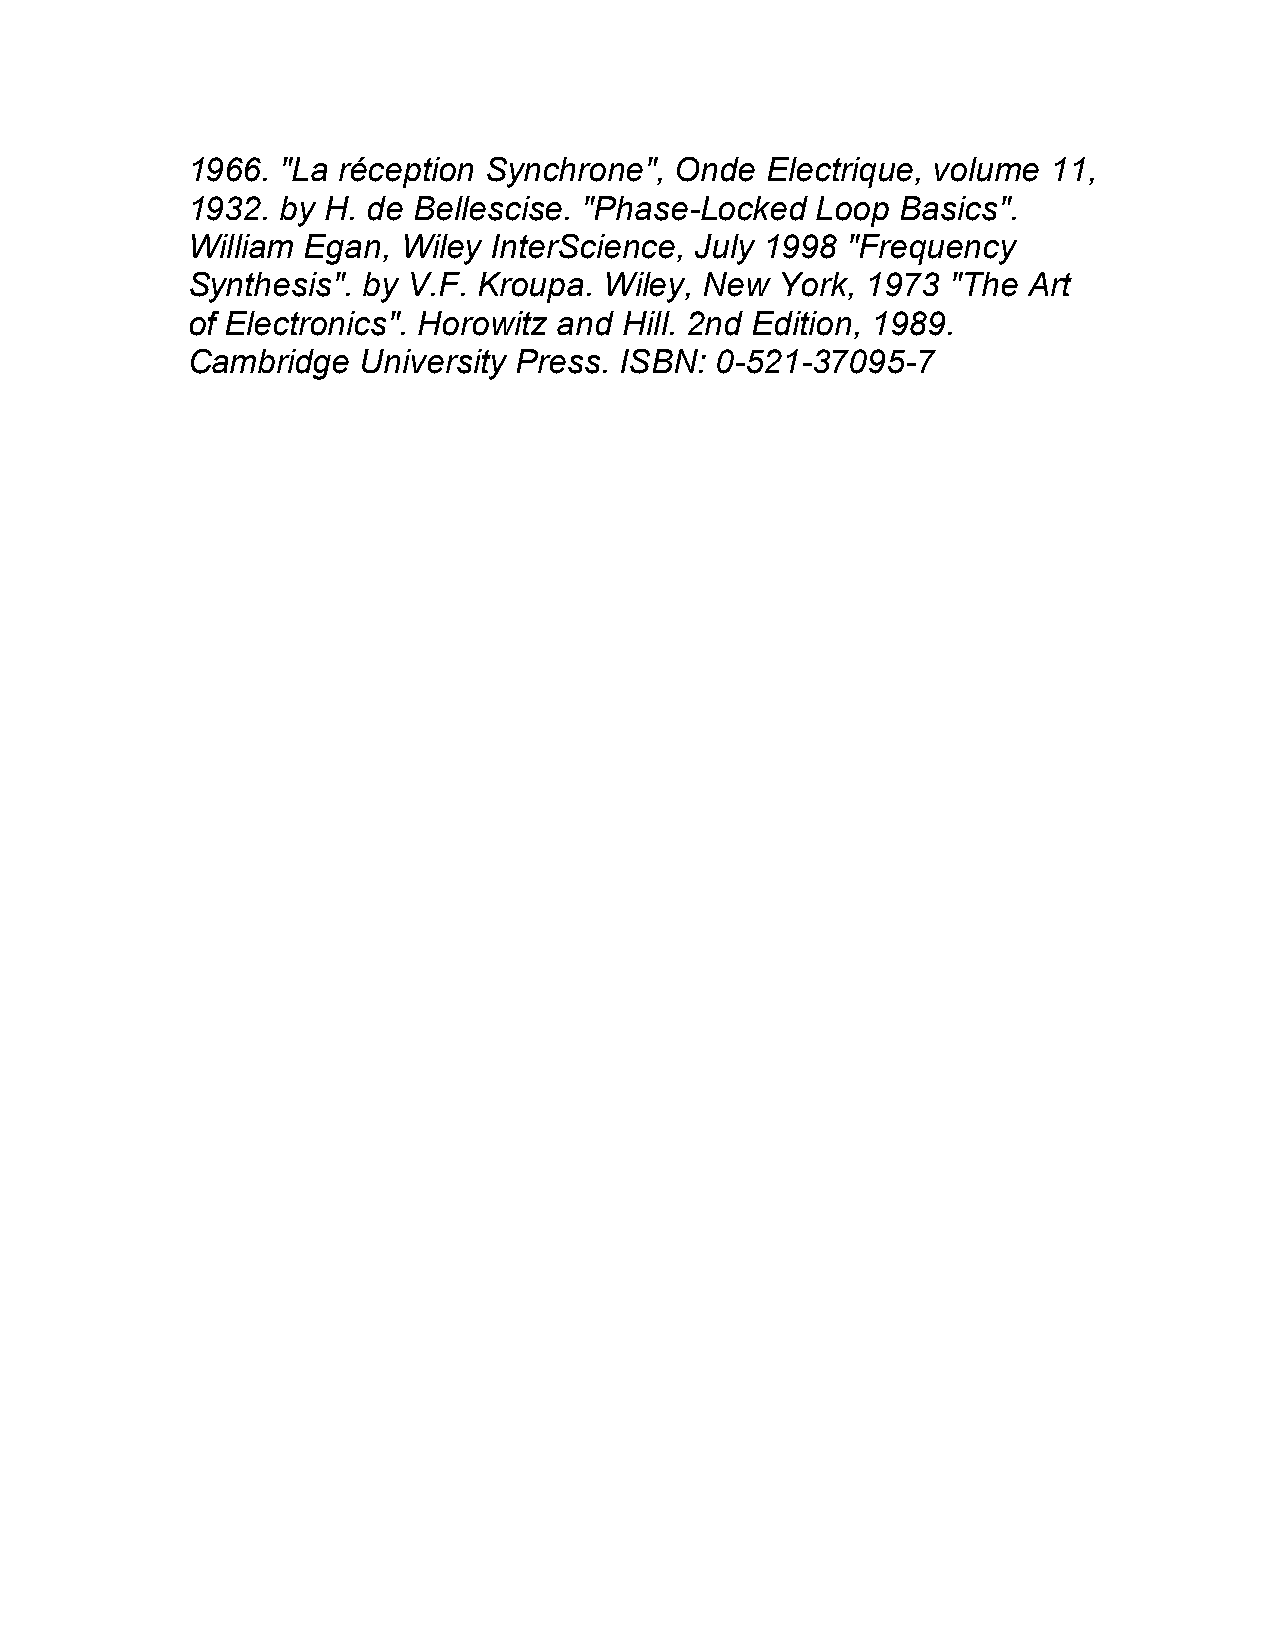
1966.  "La réception Synchrone", Onde  Electrique, volume 11,
 1932.  by H. de Bellescise. "Phase-Locked Loop  Basics".
 William Egan,  Wiley InterScience, July 1998 "Frequency
 Synthesis". by V.F. Kroupa. Wiley, New  York, 1973 "The Art
 of Electronics". Horowitz and Hill. 2nd Edition, 1989.
 Cambridge   University Press. ISBN: 0-521-37095-7